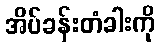
အိပ်ခန်းတံခါးကို